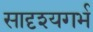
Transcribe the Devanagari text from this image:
सादृश्यगर्भ